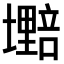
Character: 𫮷